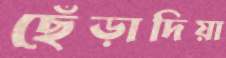
ছেঁড়াদিয়া